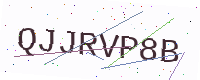
Text: QJJRVP8B